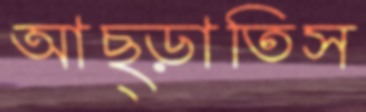
আছ্‌ড়াতিস